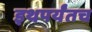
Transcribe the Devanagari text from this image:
इथपर्यंतच